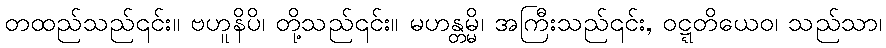
တထည်သည်၎င်း။ ဗဟူနိပိ၊ တို့သည်၎င်း။ မဟန္တမ္မိ၊ အကြီးသည်၎င်း, ဝဋ္ဋတိယေဝ၊ သည်သာ၊